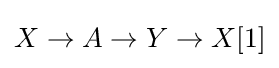
X\to A\to Y\to X[1]